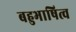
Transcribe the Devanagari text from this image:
बहुभाषित्व